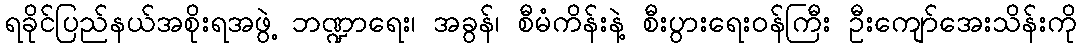
ရခိုင်ပြည်နယ်အစိုးရအဖွဲ့ ဘဏ္ဍာရေး၊ အခွန်၊ စီမံကိန်းနဲ့ စီးပွားရေးဝန်ကြီး ဦးကျော်အေးသိန်းကို